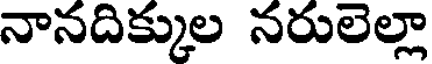
నానదిక్కుల నరులెల్లా